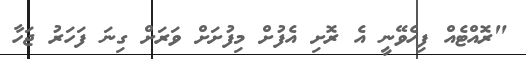
"ރޮއްޓެއް ފިހެވޭނީ އެ ރޮށި އެފުށް މިފުށަށް ވަރަށް ގިނަ ފަހަރު ޖަހާ